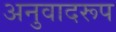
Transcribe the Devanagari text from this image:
अनुवादरूप